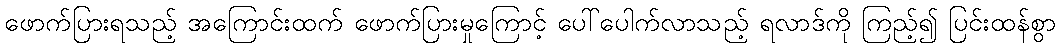
ဖောက်ပြားရသည့် အကြောင်းထက် ဖောက်ပြားမှုကြောင့် ပေါ်ပေါက်လာသည့် ရလာဒ်ကို ကြည့်၍ ပြင်းထန်စွာ